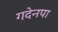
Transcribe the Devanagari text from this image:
गदेनपा